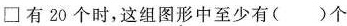
\Box 有20个时，这组图形中至少有()个